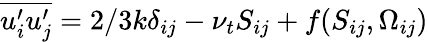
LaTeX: \overline{{u_{i}^{\prime}u_{j}^{\prime}}}=2/3k\delta_{ij}-\nu_{t}S_{ij}+f(S_{ij},\Omega_{ij})